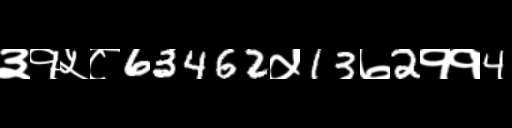
Text: ३१५८63462५13७2११4